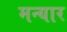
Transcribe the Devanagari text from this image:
मन्यार